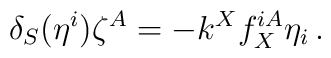
\delta_S(\eta^i)\zeta^A=-k^X f_{X}^{iA} \eta_i\,.